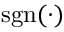
\operatorname { s g n } ( { \mathord { \cdot } } )